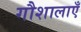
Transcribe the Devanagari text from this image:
गौशालाएँ